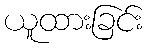
ယူထားခြင်း